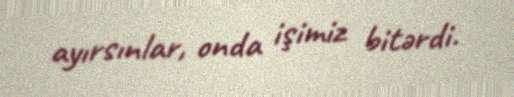
ayırsınlar, onda işimiz bitərdi.